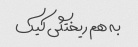
به هم ریختگی کیک